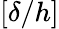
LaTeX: [\delta/h]